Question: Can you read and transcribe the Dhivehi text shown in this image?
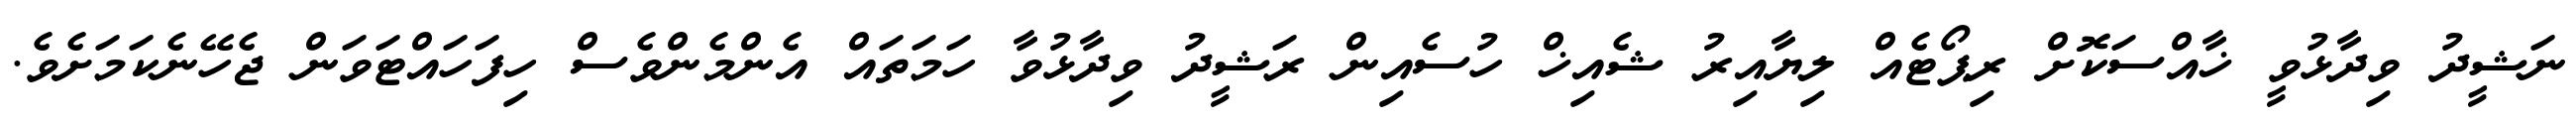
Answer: ނަޝީދު ވިދާޅުވީ ޚާއްސަކޮށް ރިޕޯޓެއް ލިޔާއިރު ޝެއިޚް ހުސެއިން ރަޝީދު ވިދާޅުވާ ހަމަތައް އެންމެންވެސް ހިފަހައްޓަވަން ޖެހޭނެކަމަށެވެ.